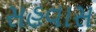
સહવાસ